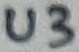
Text: U3